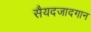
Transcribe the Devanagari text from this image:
सैयदजादगान